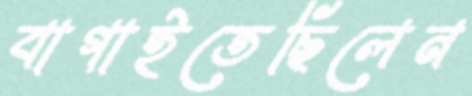
বাগাইতেছিলেন